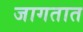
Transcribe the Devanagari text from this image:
जागतात